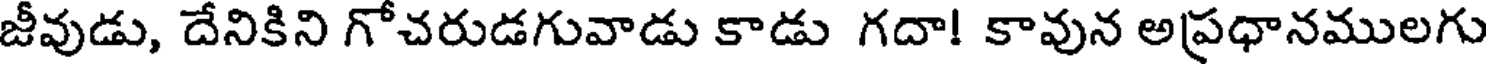
జీవుడు, దేనికిని గోచరుడగువాడు కాడు గదా! కావున అప్రధానములగు